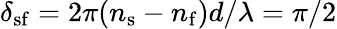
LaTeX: \delta_{\mathrm{sf}}=2\pi(n_{\mathrm{s}}-n_{\mathrm{f}})d/\lambda=\pi/2